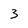
Character: 3